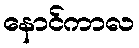
နောင်ကာလ